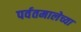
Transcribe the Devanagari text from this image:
पर्वतमालेच्या